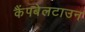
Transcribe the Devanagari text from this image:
कैंपबेलटाउन